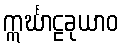
ဣင်္ဃာဠခုယာဝ